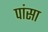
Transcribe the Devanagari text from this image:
पांसा